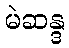
မဲဆန္ဒ